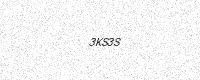
Text: 3KS3S